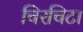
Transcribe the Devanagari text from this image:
चिरचिटा